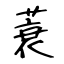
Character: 蓑